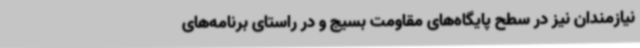
نیازمندان نیز در سطح پایگاه‌های مقاومت بسیج و در راستای برنامه‌های